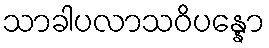
သာခါပလာသဝိပန္နော